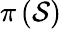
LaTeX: \pi\left(\mathcal{S}\right)